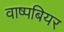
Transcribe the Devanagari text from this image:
वाष्पबियर